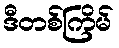
ဒီတစ်ကြိမ်